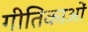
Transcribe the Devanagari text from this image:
गीतिकाओं